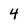
Character: 4